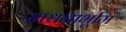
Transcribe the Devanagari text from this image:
साधनाभूमि